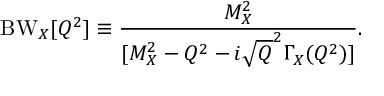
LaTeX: \mathrm { B W } _ { X } [ Q ^ { 2 } ] \equiv { \frac { M _ { X } ^ { 2 } } { [ M _ { X } ^ { 2 } - Q ^ { 2 } - i \sqrt Q ^ { 2 } \Gamma _ { X } ( Q ^ { 2 } ) ] } } .